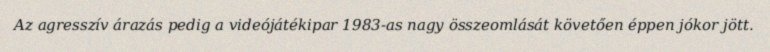
Az agresszív árazás pedig a videójátékipar 1983-as nagy összeomlását követően éppen jókor jött.